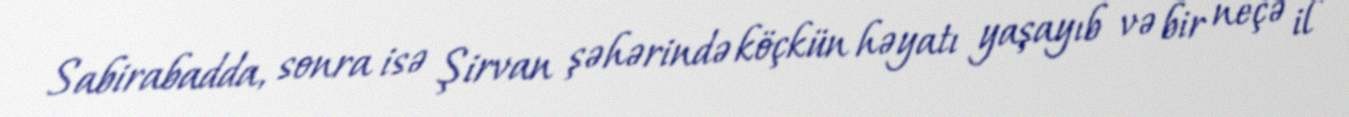
Sabirabadda, sonra isə Şirvan şəhərində köçkün həyatı yaşayıb və bir neçə il